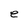
Character: e